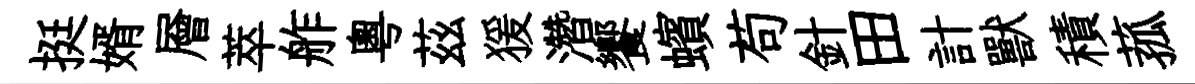
挺婿層萃舴粤茲猨濳饗蠙苟針田計獸積菰